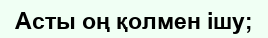
Асты оң қолмен ішу;